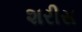
શરીસ